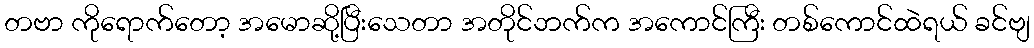
တဗာ ကိုရောက်တော့ အမောဆို့ပြီးသေတာ အတိုင်ဘက်က အကောင်ကြီး တစ်ကောင်ထဲရယ် ခင်ဗျ